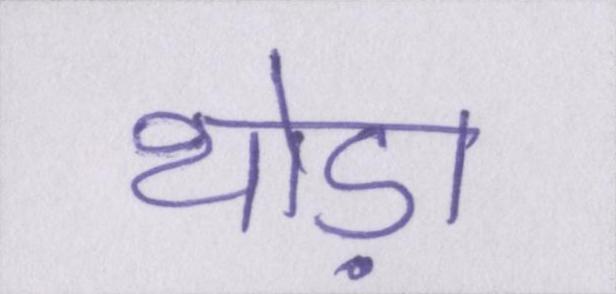
थोड़ा